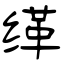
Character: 缂